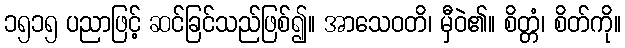
၁၅၁၅ ပညာဖြင့် ဆင်ခြင်သည်ဖြစ်၍။ အာသေဝတိ၊ မှီဝဲ၏။ စိတ္တံ၊ စိတ်ကို။